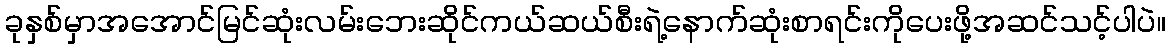
ခုနှစ်မှာအအောင်မြင်ဆုံးလမ်းဘေးဆိုင်ကယ်ဆယ်စီးရဲ့နောက်ဆုံးစာရင်းကိုပေးဖို့အဆင်သင့်ပါပဲ။